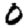
Digit: 0